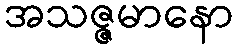
အသဇ္ဇမာနော